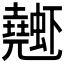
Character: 𰳤